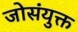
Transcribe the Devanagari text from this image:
जोसंयुक्त